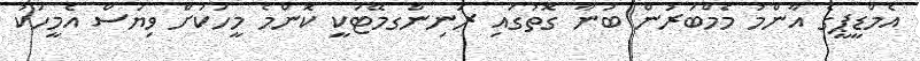
އެމްޑީޕީގެ އާންމު މެމްބަރުން ބުނާ ގޮތުގައި ރަނިންގމޭޓަކީ ކޮންމެ މީހަކަށް ވިޔަސް އެމީހަކު